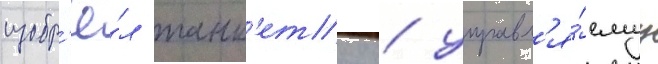
изобр'ё́л танк'етку / управл'я́емуу